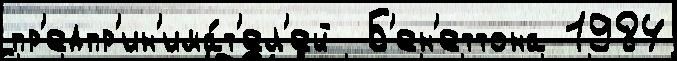
пр'едпр'ин'има́т'ел'ей  Б'ен'еттона 1984